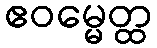
ဧဝမ္မေတ္ထ